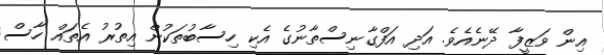
އިން ވަޒީފާ ދޭނެއެވެ. އަދި އަފްގާނިސްތާނުގެ އެކި ހިސާބުތަކުން އިތުރު އެތައް ހާސް